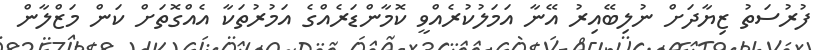
ފުރުސަތު ޒިޔާދަށް ނުލިބޭއިރު އޭނާ އަމަލުކުރެއްވީ ކޮމާންޑަރެއްގެ އަމުރުތަކާ އެއްގޮތަށް ކަން މަޒްލާން